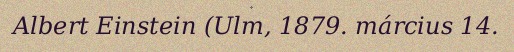
Albert Einstein (Ulm, 1879. március 14.